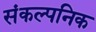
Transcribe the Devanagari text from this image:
संकल्पनिक